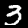
Label: 3